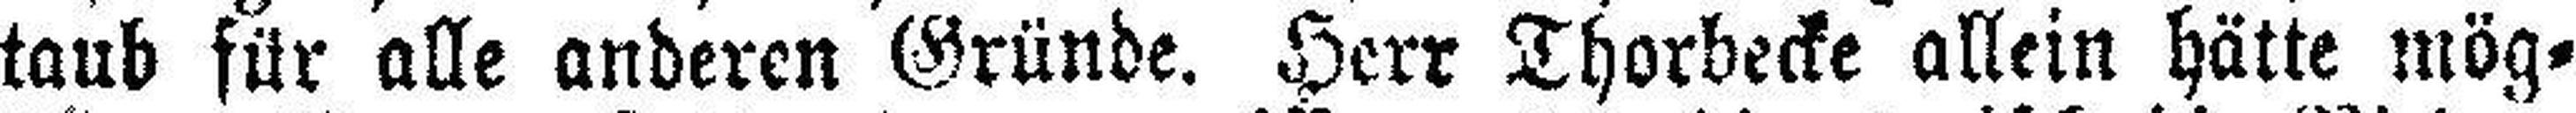
taub für alle anderen Gründe. Herr Thorbecke allein hätte mög¬